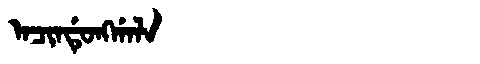
Manchu: ᠠᠴᡳᠨᡩᡠᠩᡤᠠᠯᠠ
Romanization: ACINDUNGGALA